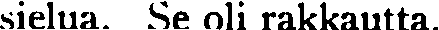
sielua. Se oli rakkautta.